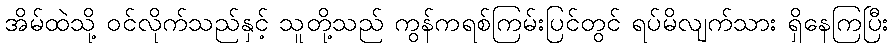
အိမ်ထဲသို့ ဝင်လိုက်သည်နှင့် သူတို့သည် ကွန်ကရစ်ကြမ်းပြင်တွင် ရပ်မိလျက်သား ရှိနေကြပြီး